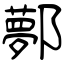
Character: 鄸